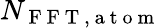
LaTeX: N_{\mathrm{~F~F~T~,~a~t~o~m~}}